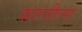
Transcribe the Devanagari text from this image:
कारनीलस